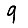
Digit: 9